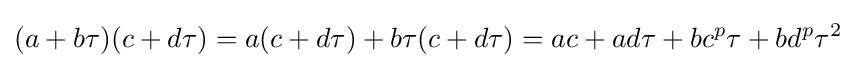
(a+b\tau )(c+d\tau )=a(c+d\tau )+b\tau (c+d\tau )=ac+ad\tau +bc^{p}\tau +bd^{p}\tau ^{2}